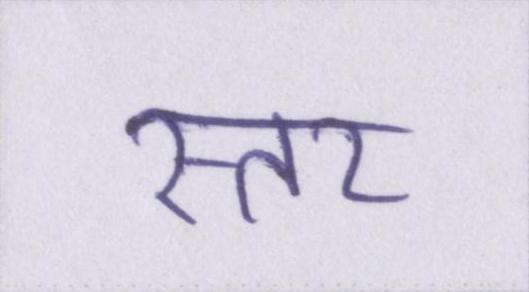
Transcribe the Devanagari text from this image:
स्तर